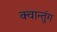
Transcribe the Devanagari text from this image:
क्वान्तुंग